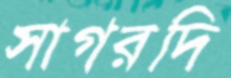
সাগরদি